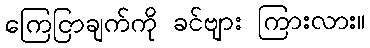
ကြေငြာချက်ကို ခင်ဗျား ကြားလား။